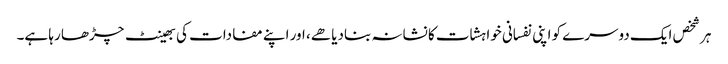
ہر شخص ایک دوسرے کو اپنی نفسانی خواہشات کا نشانہ بنادیا هے، اور اپنے مفادات کی بھینٹ چڑھا رہا ہے۔